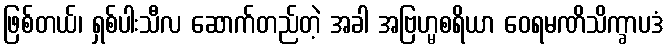
ဖြစ်တယ်၊ ရှစ်ပါးသီလ ဆောက်တည်တဲ့ အခါ အဗြဟ္မစရိယာ ဝေရမဏိသိက္ခာပဒံ